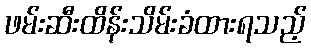
ဖမ်းဆီးထိန်းသိမ်းခံထားရသည့်